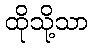
ထိုသို့သာ